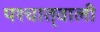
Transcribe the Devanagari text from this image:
पश्चात्‌वाली